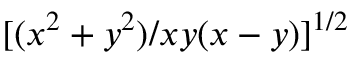
[ ( x ^ { 2 } + y ^ { 2 } ) / x y ( x - y ) ] ^ { 1 / 2 }